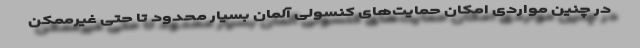
در چنین مواردی امکان حمایت‌های کنسولی آلمان بسیار محدود تا حتی غیرممکن